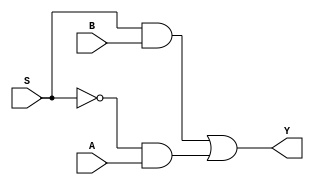
// Copyright (C) 2020  Intel Corporation. All rights reserved.
// Your use of Intel Corporation's design tools, logic functions 
// and other software and tools, and any partner logic 
// functions, and any output files from any of the foregoing 
// (including device programming or simulation files), and any 
// associated documentation or information are expressly subject 
// to the terms and conditions of the Intel Program License 
// Subscription Agreement, the Intel Quartus Prime License Agreement,
// the Intel FPGA IP License Agreement, or other applicable license
// agreement, including, without limitation, that your use is for
// the sole purpose of programming logic devices manufactured by
// Intel and sold by Intel or its authorized distributors.  Please
// refer to the applicable agreement for further details, at
// https://fpgasoftware.intel.com/eula.

// PROGRAM		"Quartus Prime"
// VERSION		"Version 20.1.1 Build 720 11/11/2020 SJ Lite Edition"
// CREATED		"Tue Aug 15 11:24:41 2023"

module MUX2(
	A,
	B,
	S,
	Y
);


input wire	A;
input wire	B;
input wire	S;
output wire	Y;

wire	BS;
wire	notS;
wire	notSandA;




assign	notSandA = notS & A;

assign	BS = S & B;

assign	Y = BS | notSandA;

assign	notS =  ~S;


endmodule